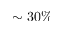
\sim 3 0 \%